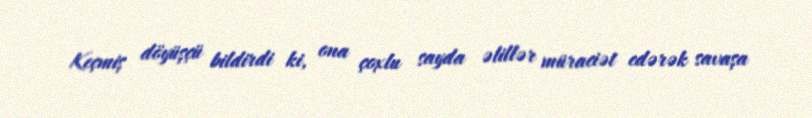
Keçmiş döyüşçü bildirdi ki, ona çoxlu sayda əlillər müraciət edərək savaşa